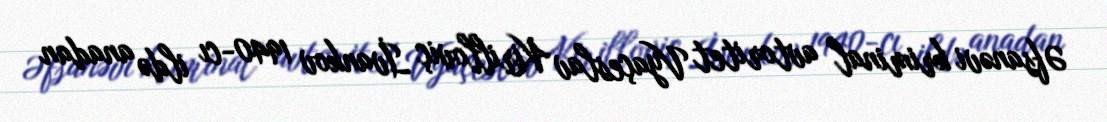
Əfsanəvi kriminal avtoritet Vyaçeslav Kirilloviç İvankov 1940-cı ildə anadan